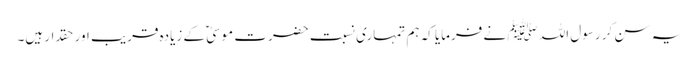
یہ سن کر رسول اللہ ﷺ نے فرمایا کہ ہم تمہاری نسبت حضرت موسیٰ ؑ کے زیادہ قریب اور حقدار ہیں۔